Annual report of the Imperial Bacteriologist
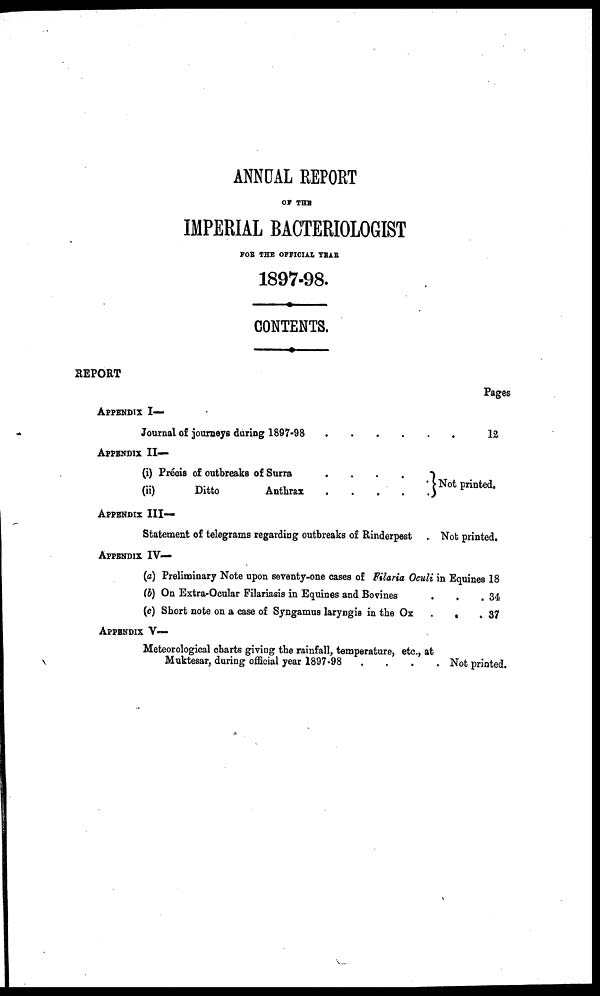
ANNUAL REPORT
OF THE
IMPERIAL BACTERIOLOGIST
FOR THE OFFICIAL YEAR
1897-98.
CONTENTS.
REPORT
APPENDIX I—
APPENDIX II—
(i) Précis of outbreaks of Surra
.
.
.
.
}
(ii)
Ditto
Anthrax
APPENDIX
III-
Statement of telegrams regarding outbreaks of Rinderpest
APPENDIX IV—
(a) Preliminary Note upon seventy-one cases of Filaria Oculi
(b) On Extra-Ocular Filariasis in Equines and Bovines
(c) Short note on a case of Syngamus laryngis in the Ox
APPENDIX V—
Meteorological charts giving the rainfall, temperature, etc. at
Muktesar, during official year 1897-98
.
Pages
Not printed.
Not printed.
in Equines 18
. 34
.
. 37
. Not printed.